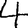
Digit: 4